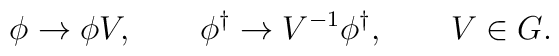
\phi\to \phi V,\qquad \phi^\dag\to V^{-1}\phi^\dag,\qquad V\in G.